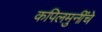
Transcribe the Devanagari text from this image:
कपिलमुनींचे